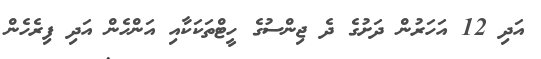
އަދި 12 އަހަރުން ދަށުގެ ދެ ޖިންސުގެ ހީޓްތަކަކާއި އަންހެން އަދި ފިރެހެން